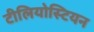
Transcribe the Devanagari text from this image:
टीलियोस्टियन